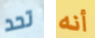
تحد أنه